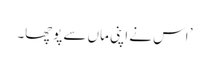
’ اس نے اپنی ماں سے پوچھا۔